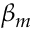
\beta _ { m }